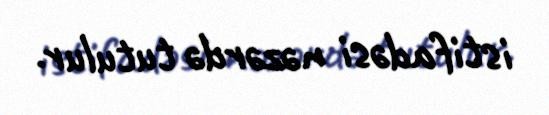
istifadəsi nəzərdə tutulur.